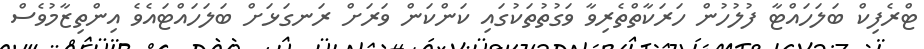
ޓްރެފިކް ބަލަހައްޓާ ފުލުހުން ހަރަކާތްތެރިވާ ވަގުތުތަކުގައި ކަންކަން ވަރަށް ރަނގަޅަށް ބަލަހައްޓައެވެ އިންތިޒާމުވެސް